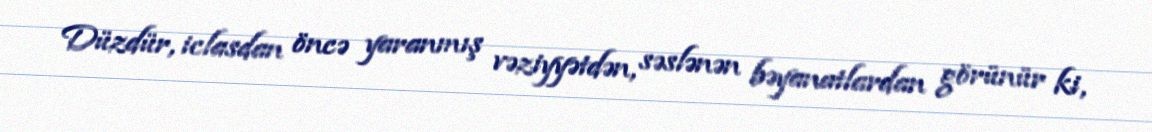
Düzdür, iclasdan öncə yaranmış vəziyyətdən, səslənən bəyanatlardan görünür ki,